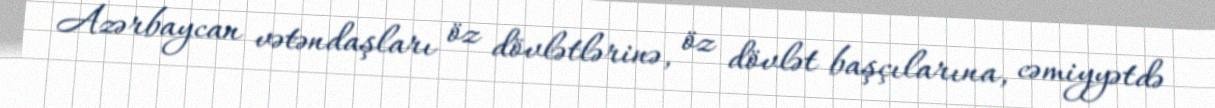
Azərbaycan vətəndaşları öz dövlətlərinə, öz dövlət başçılarına, cəmiyyətdə